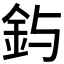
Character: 𮡤